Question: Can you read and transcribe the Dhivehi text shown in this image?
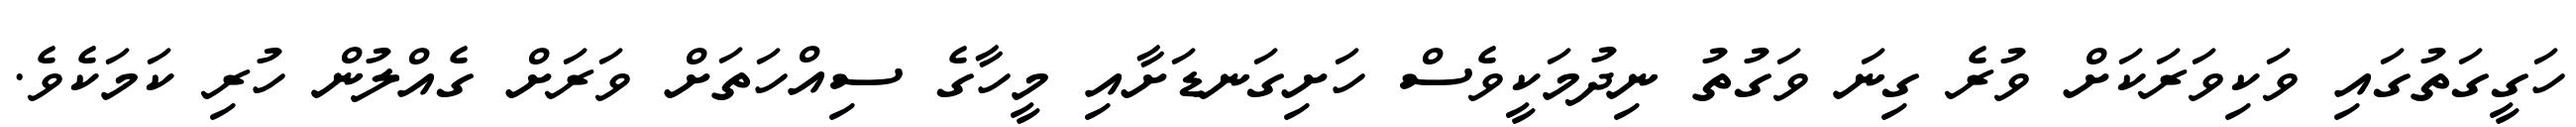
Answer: ހަގީގަތުގައި ވަކިވަރަކަށް ވުރެ ގިނަ ވަގުތު ނިދުމަކީވެސް ހަށިގަނޑަށާއި މީހާގެ ސިއްހަތަށް ވަރަށް ގެއްލުން ހުރި ކަމަކެވެ.